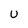
Character: u